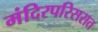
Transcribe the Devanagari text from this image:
मंदिरपरिसरात